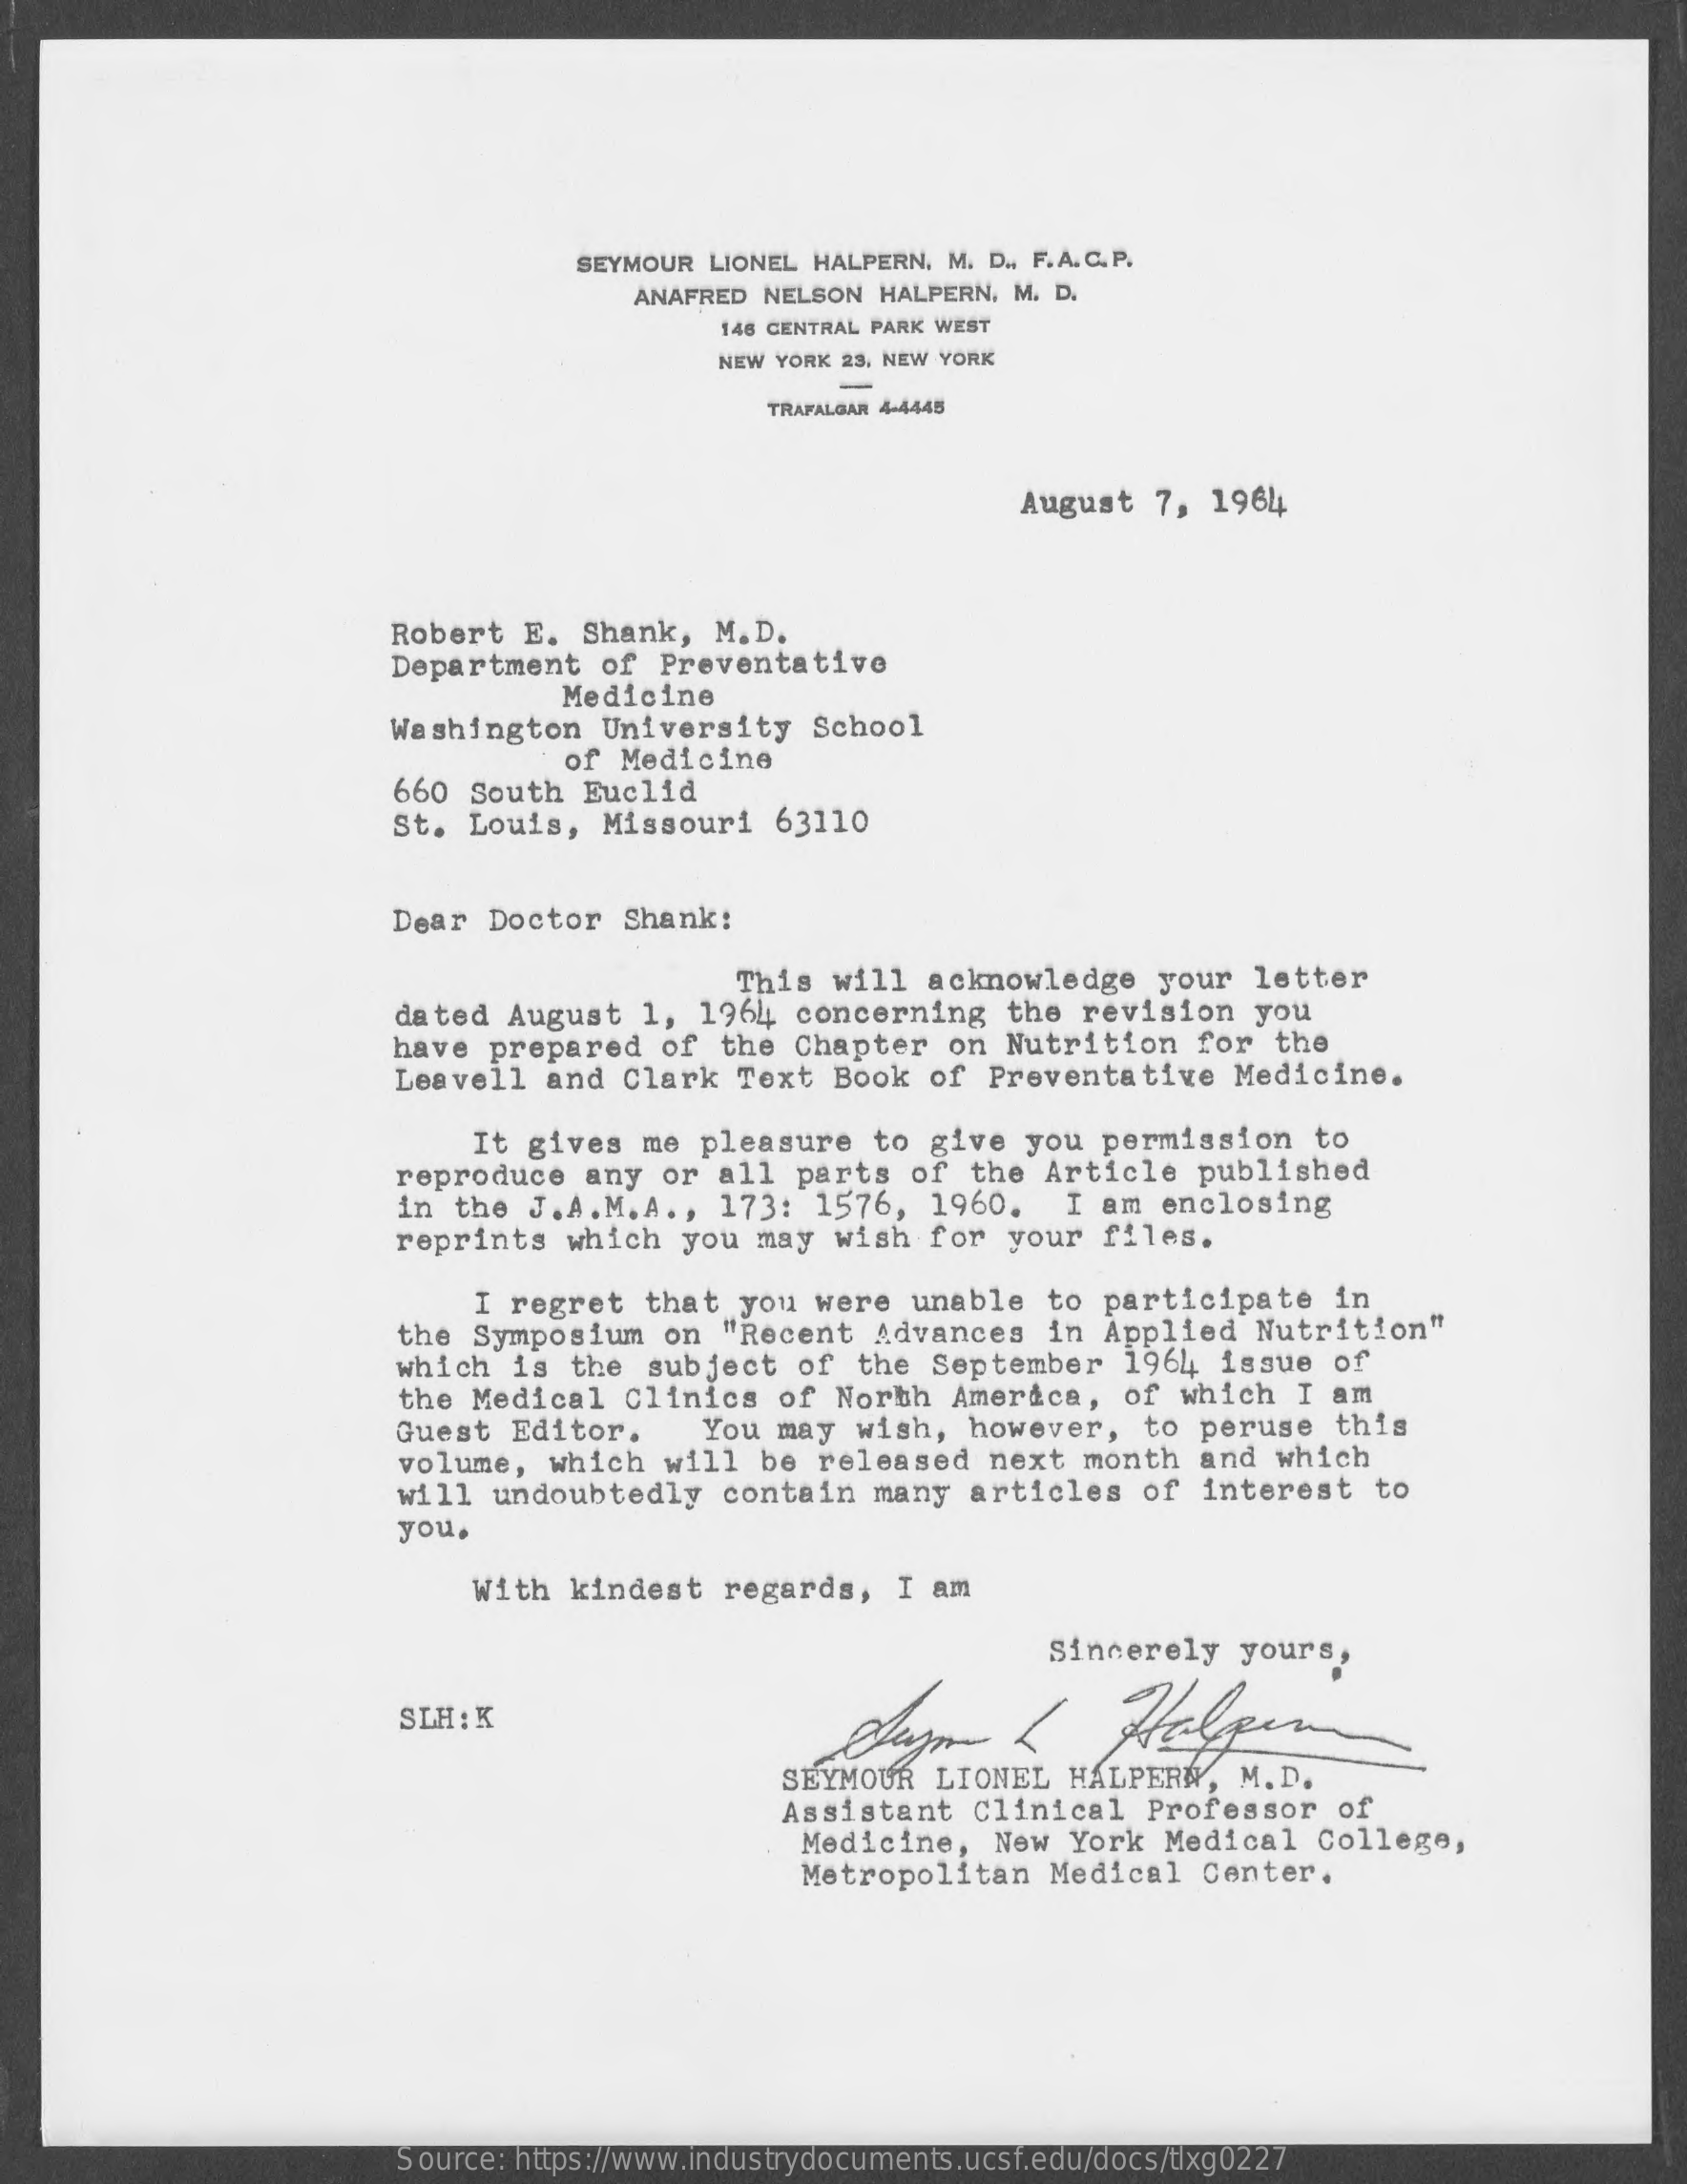
SEYMOUR  LIONEL HALPERN, M. D ., F.A. C. P.
     ANAFRED  NELSON HALPERN, M. D.
     148 CENTRAL PARK WEST
     NEW YORK 23. NEW YORK
     TRAFALGAR 4-4445
     August   7, 1964
     Robert   E.  Shank,  M.D.
     Department    of  Preventative
     Medicine
     Washington    University    School
     of  Medicine
     660  South  Euclid
     St.  Louis,   Missouri   63110
     Dear  Doctor   Shank:
     This  will  acknowledge    your  letter
     dated  August    1, 1964   concerning    the  revision   you
     have  prepared    of  the Chapter    on  Nutrition   for  the
     Leavell   and  Clark   Text  Book   of Preventative    Medicine.
     It  gives  me  pleasure    to  give  you  permission    to
     reproduce    any  or  all  parts  of  the  Article   published
     in the  J.A.M.A  .,  173:  1576,   1960.    I am  enclosing
     reprints   which  you  may  wish   for  your  files.
     I regret   that  you  were  unable   to  participate    in
     the Symposium    on  "Recent   Advances   in  Applied   Nutrition"
     which  is  the  subject   of  the  September    1964  issue  of
     the Medical   Clinics    of North   America,   of  which   I am
     Guest  Editor.    You may   wish,  however,    to peruse   this
     volume,  which   will  be  released   next   month  and   which
     will  undoubtedly    contain   many  articles    of  interest   to
     you.
     With   kindest   regards,   I  am
     Sincerely   yours,
     SLH : K
     SEYMOUR   LIONEL   HALPERN,   M.D.
     Assistant   Clinical    Professor    of
     Medicine,    New  York  Medical   College,
     Metropolitan    Medical    Center.
     Source: https://www.industrydocuments.ucsf.edu/docs/tlxg0227